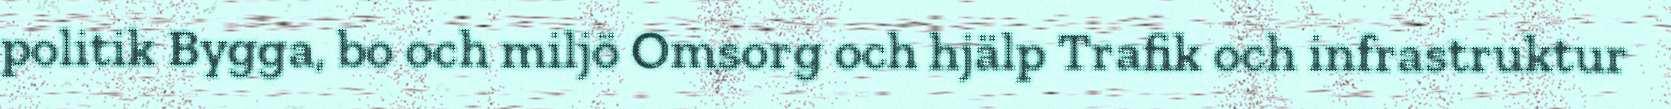
politik Bygga, bo och miljö Omsorg och hjälp Trafik och infrastruktur